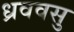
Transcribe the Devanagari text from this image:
ध्रववसु